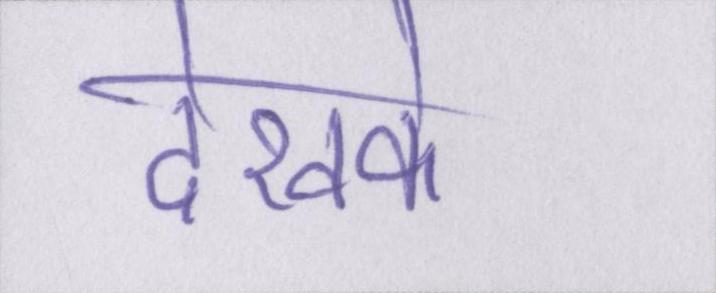
देखके